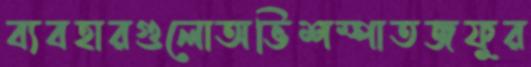
ব্যবহারগুলোঅভিশম্পাতজফুর